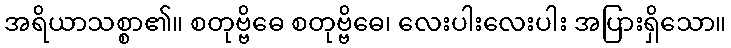
အရိယာသစ္စာ၏။ စတုဗ္ဗိဓေ စတုဗ္ဗိဓေ၊ လေးပါးလေးပါး အပြားရှိသော။